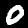
Label: 0